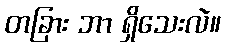
တခြား ဘာ ရှိသေးလဲ။